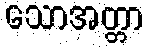
သောအတ္တာ